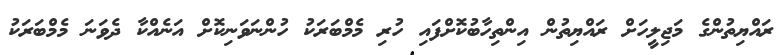
ރައްޔިތުންގެ މަޖިލީހަށް ރައްޔިތުން އިންތިހާބުކޮށްފައި ހުރި މެމްބަރަކު ހުންނަވަނިކޮށް އަނެއްކާ ދެވަނަ މެމްބަރަކު